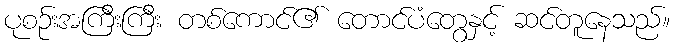
ပုစဉ်းအကြီးကြီး တစ်ကောင်၏ တောင်ပံတွေနှင့် ဆင်တူနေသည်။